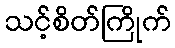
သင့်စိတ်ကြိုက်